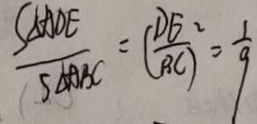
\frac { S _ { \Delta } A D E } { S _ { \Delta A B C } } = ( \frac { D E } { B C } ) ^ { 2 } = \frac { 1 } { 9 }